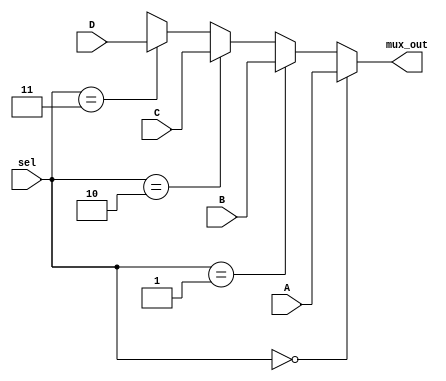
module four_to_one_mux(input [31:0] A, B, C, D, input [1:0] sel, output [31:0] mux_out);

	assign mux_out = (sel == 2'b00) ? A :
			 (sel == 2'b01) ? B :
			 (sel == 2'b10) ? C :
			 (sel == 2'b11) ? D :
			 32'bx;

endmodule